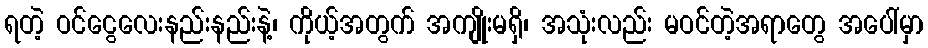
ရတဲ့ ဝင်ငွေလေးနည်းနည်းနဲ့၊ ကိုယ့်အတွက် အကျိုးမရှိ၊ အသုံးလည်း မဝင်တဲ့အရာတွေ အပေါ်မှာ